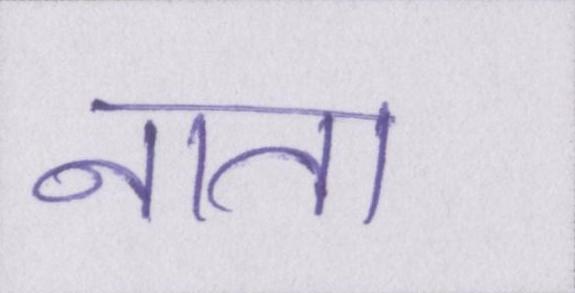
नाता